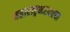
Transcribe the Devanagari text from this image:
महाराष्ट्रभरातल्या